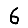
Digit: 6